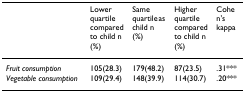
|  | Lower quartile compared to child n (%) | Same quartile as child n (%) | Higher quartile compared to child n (%) | Cohen's kappa |
 | --- | --- | --- | --- | --- |
 | Fruit consumption | 105(28.3) | 179(48.2) | 87(23.5) | .31*** |
 | Vegetable consumption | 109(29.4) | 148(39.9) | 114(30.7) | .20*** |